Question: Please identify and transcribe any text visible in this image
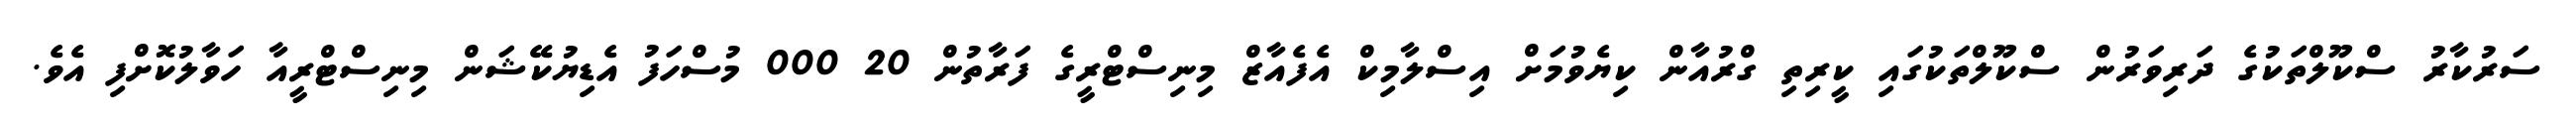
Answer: ސަރުކާރު ސްކޫލްތަކުގެ ދަރިވަރުން ސްކޫލްތަކުގައި ކީރިތި ގްރުއާން ކިޔެވުމަށް އިސްލާމިކް އެފެއާޒް މިނިސްޓްރީގެ ފަރާތުން 20 000 މުސްހަފު އެޑިޔުކޭޝަން މިނިސްޓްރީއާ ހަވާލުކޮށްފި އެވެ.